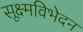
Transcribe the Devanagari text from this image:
सूक्ष्मविभेदन